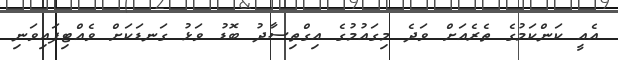
އެއީ ކަންކަމުގެ ތެރެއަށް ވަދެ މިގައުުމުގެ އިގްތިސާދު ބޮޑު ވަޅު ގަނޑަކަށް ވެއްޓިފައިވަނި